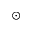
\odot